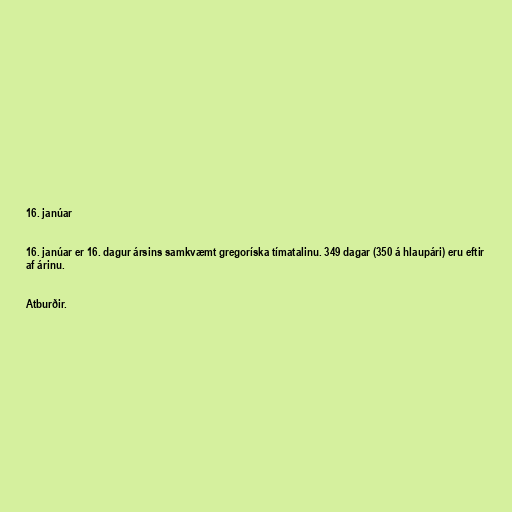
16. janúar

16. janúar er 16. dagur ársins samkvæmt gregoríska tímatalinu. 349 dagar (350 á hlaupári) eru eftir
af árinu.

Atburðir.